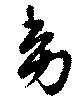
幼